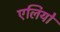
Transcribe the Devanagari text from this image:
एलियो